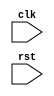
module clk_sensitive_block(
    input wire clk,
    input wire rst,
    // other input/output ports here
);

// declare any internal signals
// ex: reg internal_signal;

always @ (posedge clk or negedge clk) begin
    if (!rst) begin
        // reset logic here
    end else begin
        // your logic here
    end
end

endmodule